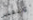
والتفكير